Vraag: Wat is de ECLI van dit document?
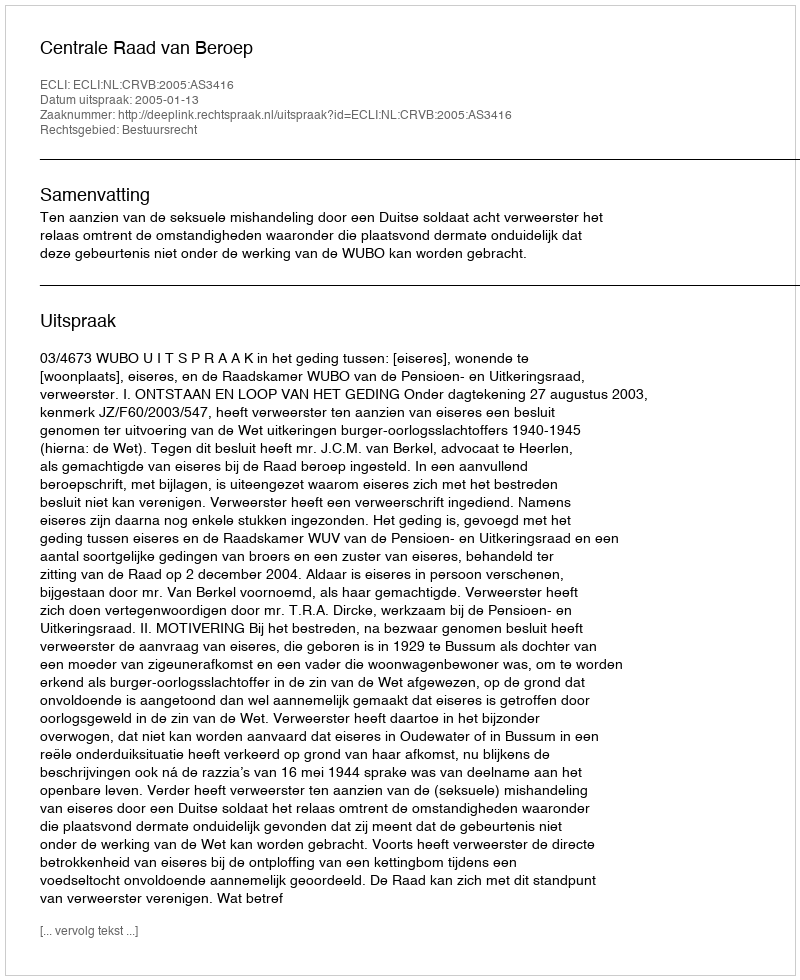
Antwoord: ECLI:NL:CRVB:2005:AS3416